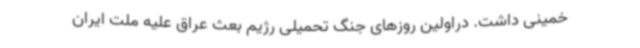
خمینی داشت. دراولین روزهای جنگ تحمیلی رژیم بعث عراق علیه ملت ایران